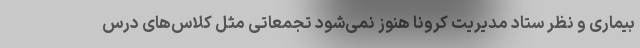
بیماری و نظر ستاد مدیریت کرونا هنوز نمی‌شود تجمعاتی مثل کلاس‌های درس